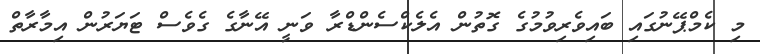
މި ކެމްޕޭނުގައި ބައިވެރިވުމުގެ ގޮތުން އެލެކްސެންޑްރާ ވަނީ އޭނާގެ ގެވެސް ޓަޔަރުން އިމާރާތް